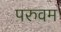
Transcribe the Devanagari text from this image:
परुवम